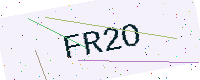
Text: FR2O